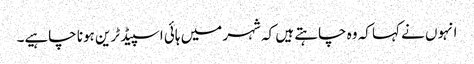
انہوں نے کہا کہ وہ چاہتے ہیں کہ شہر میں ہائی اسپیڈ ٹرین ہونا چاہیے۔